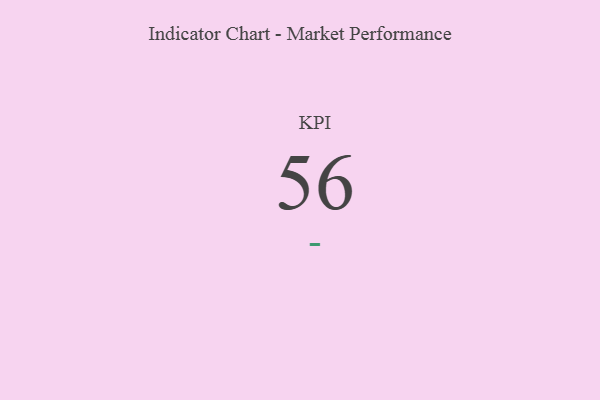
{"axis": {"x": "KPI", "y": "Value"}, "legend": [""], "data": [{"x": "KPI", "y": 56, "type": ""}]}